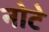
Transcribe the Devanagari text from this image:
नोटे